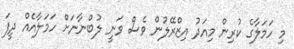
މި ހަމަލާގެ ކުރިން މިއަދު އިޒްރޭލުން ވެސް ވަނީ ލުބްނާނަށް ހަމަލާއެއް ދީފަ